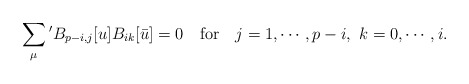
\begin{align*}\sum_{\mu}{}' B_{p-i,j}[u]B_{ik}[\bar{u}]=0 \quad \mbox{for} \quad j=1,\cdots, p-i, \ k=0,\cdots,i.\end{align*}